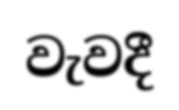
වැවදී